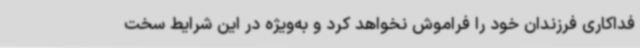
فداکاری فرزندان خود را فراموش نخواهد کرد و به‌ویژه در این شرایط سخت